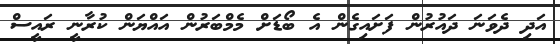
އަދި ދެވަނަ ދައުރުން ފަށައިގެން އެ ބޯޑަށް މެމްބަރުން އައްޔަން ކުރާނީ ރައީސް